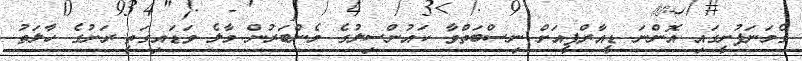
ގެމަނަފުށީގައި އޮންނަ ޑީއާރްޕީއަށް ނިސްބަތްވާ ކައުންސިލުގެ މެންބަރުން މާލެ ވަޑައިގަތީ ރަށުގެ ހާލަތު